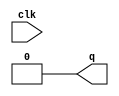

module pos_edge_detect (input clk,
			output q);

	wire clk_not;

	not #1 (clk_not, clk);
	and    (q, clk, clk_not);

	/*
		SAME EFFECT CAN BE ACHIVED BY USING
		A CAPACITOR AND A RESISTOR
	*/

endmodule

/*
SR FlipFlop
-------
R S Clk Q Q_

0 0 pos Last State
0 1 pos 1 0
1 0 pos 0 1 
1 1 pos ? ? --- Undefined State!!!
X X  X  Last State 

JK FlipFlop
-----------
J K Clk Q Q_

0 0 pos Last State
0 1 pos 0 1
1 0 pos 1 0 
1 1 pos TOGGLE !!!
X X  X  Last State 
*/

module jk_flip_flop (input clk, J, K,
			output Q, Q_);

	wire pos_edge_clk, s, r;
	pos_edge_detect pos_edge_det (clk, pos_edge_clk);

	and (s, pos_edge_clk, J, Q_);
	and (r, pos_edge_clk, K, Q);

	nor(Q, s, Q_);
	not(Q_, r, Q);

endmodule